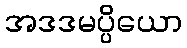
အဒဒမပ္ပိယော